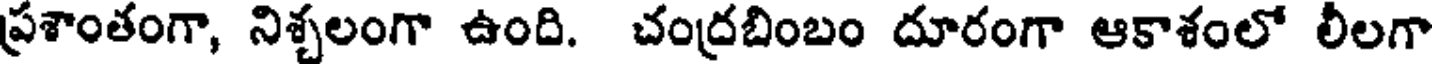
ప్రశాంతంగా, నిశ్చలంగా ఉంది. చంద్రబింబం దూరంగా ఆకాశంలో లీలగా